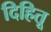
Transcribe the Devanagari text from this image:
दिहितू